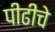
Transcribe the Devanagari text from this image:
पीढीचे